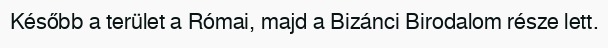
Később a terület a Római, majd a Bizánci Birodalom része lett.